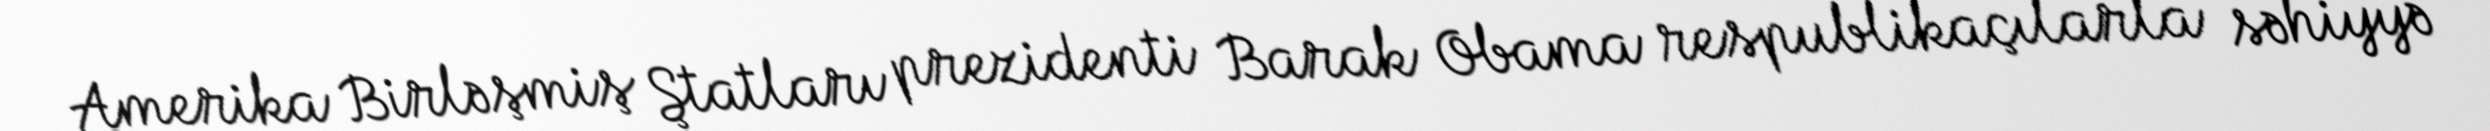
Amerika Birləşmiş Ştatları prezidenti Barak Obama respublikaçılarla səhiyyə